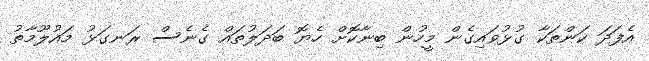
އެފަދަ ކަންތަކާ ގުޅުވައިގެން މީހުން ބިނާކޮށް ހެޔޮ ބަދަލުތައް ގެނެސް ރަނގަޅު މައުލޫމާތު